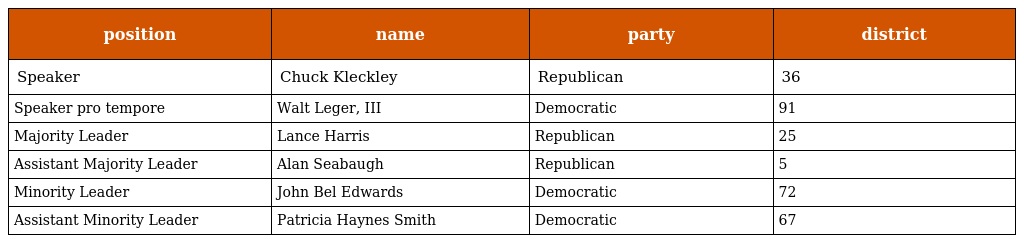
| position | name | party | district |
 | --- | --- | --- | --- |
 | Speaker | Chuck Kleckley | Republican | 36 |
 | Speaker pro tempore | Walt Leger, III | Democratic | 91 |
 | Majority Leader | Lance Harris | Republican | 25 |
 | Assistant Majority Leader | Alan Seabaugh | Republican | 5 |
 | Minority Leader | John Bel Edwards | Democratic | 72 |
 | Assistant Minority Leader | Patricia Haynes Smith | Democratic | 67 |